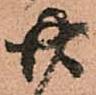
廿